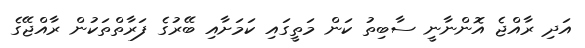
އަދި ރާއްޖެ އޮންނާނީ ސާބިތު ކަން މަތީގައި ކަމަށާއި ބޭރުގެ ފަރާތްތަކުން ރާއްޖޭގެ